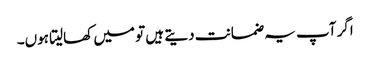
اگر آپ یہ ضمانت دیتے ہیں تو میں کھالیتا ہوں۔